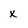
Character: x